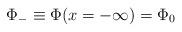
LaTeX: \begin{align*}\Phi_- \equiv \Phi (x = -\infty ) = \Phi_0\end{align*}